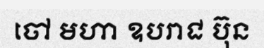
ចៅ មហា ឧបរាជ ប៊ុន